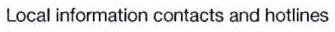
Local information contacts and hotlines